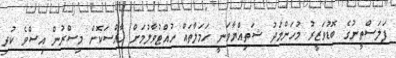
ފަލަސްތީނުގެ ބޮޑުވަޒީރު މުހަންމަދު ޝަތިއްޔާވަނީ ހަމަލާތައް ހުއްޓުވާލުމަށް ޚާއްސަކޮށް މިސްރުން އިސްވެ ކުރި